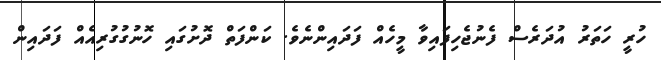
ހުރީ ހަތަރު އުދަރެސް ފެނުޖެހިފައިވާ މީހެއް ފަދައިންނެވެ. ކަންފަތް ދޮށުގައި ހޮނުގުގުރިއެއް ފަދައިން